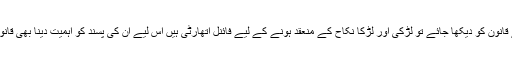
اس حوالے سے قانون کو دیکھا جائے تو لڑکی اور لڑکا نکاح کے منعقد ہونے کے لیے فائنل اتھارٹی ہیں اس لیے ان کی پسند کو اہمیت دینا بھی قانونی بن جاتا ہے۔